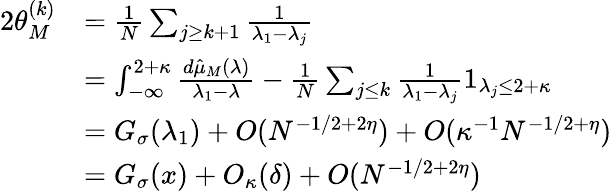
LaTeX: \begin{array}{rl}{2\theta_{M}^{(k)}}&{=\frac 1N\sum_{j\ge k+1}\frac 1{\lambda_{1}-\lambda_{j}}}\\ &{=\int_{-\infty}^{2+\kappa}\frac{d\hat{\mu}_{M}(\lambda)}{\lambda_{1}-\lambda}-\frac 1N\sum_{j\le k}\frac 1{\lambda_{1}-\lambda_{j}}1_{\lambda_{j}\le 2+\kappa}}\\ &{=G_{\sigma}(\lambda_{1})+O(N^{-1/2+2\eta})+O(\kappa^{-1}N^{-1/2+\eta})}\\ &{=G_{\sigma}(x)+O_{\kappa}(\delta)+O(N^{-1/2+2\eta})}\end{array}